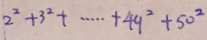
2 ^ { 2 } + 3 ^ { 2 } + \cdots + 4 9 ^ { 2 } + 5 0 ^ { 2 }